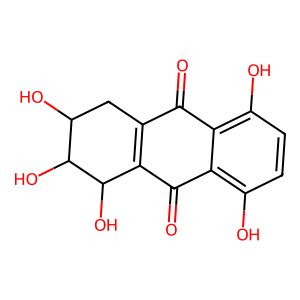
SMILES: O=C1C2=C(C(=O)c3c(O)ccc(O)c31)C(O)C(O)C(O)C2
Inhibits HIV replication: No